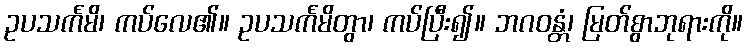
ဥပသင်္ကမိ၊ ကပ်လေ၏။ ဥပသင်္ကမိတွာ၊ ကပ်ပြီး၍။ ဘဂဝန္တံ၊ မြတ်စွာဘုရားကို။